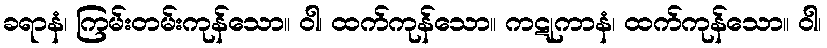
ခရာနံ၊ ကြမ်းတမ်းကုန်သော။ ဝါ၊ ထက်ကုန်သော။ ကဋုကာနံ၊ ထက်ကုန်သော။ ဝါ၊